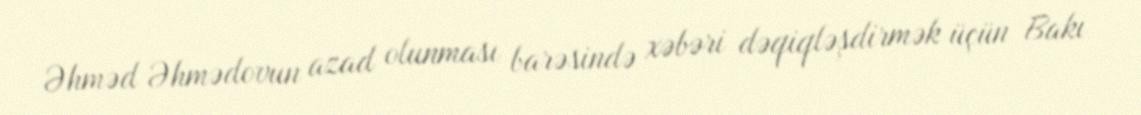
Əhməd Əhmədovun azad olunması barəsində xəbəri dəqiqləşdirmək üçün Bakı